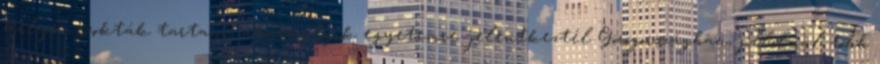
helyen szokták tartani, akármelyik egyetemre jelentkeztél Görögországban, például több